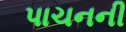
પાચનની